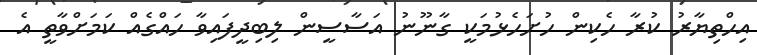
އިހްތިޔާރު ކުރާ ހެކިން ހުށަހެޅުމަކީ ގާނޫނު އަސާސީން ލިބިދީފައިވާ ހައްގެއް ކަމަށްވާތީ އެ